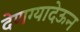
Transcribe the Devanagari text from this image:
देणग्यादेऊन